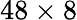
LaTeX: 48\times 8